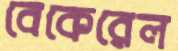
বেকেরেল